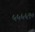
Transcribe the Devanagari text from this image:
५५५५९०